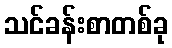
သင်ခန်းစာတစ်ခု